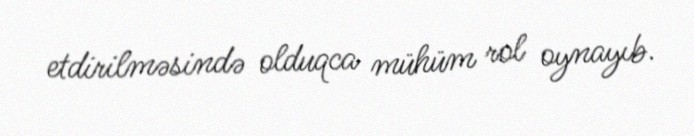
etdirilməsində olduqca mühüm rol oynayıb.